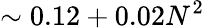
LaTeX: \sim 0.12+0.02N^{2}